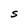
Character: S